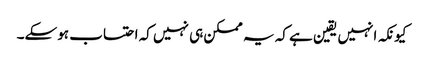
کیونکہ انہیں یقین ہے کہ یہ ممکن ہی نہیں کہ احتساب ہوسکے۔